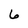
Character: 6